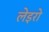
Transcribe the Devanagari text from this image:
लेइरो